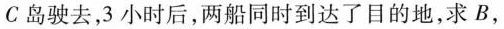
C岛驶去，3小时后，两船同时到达了目的地，求B，